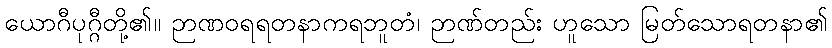
ယောဂီပုဂ္ဂီတို့၏။ ဉာဏဝရရတနာကရဘူတံ၊ ဉာဏ်တည်း ဟူသော မြတ်သောရတနာ၏